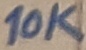
Text: 10K